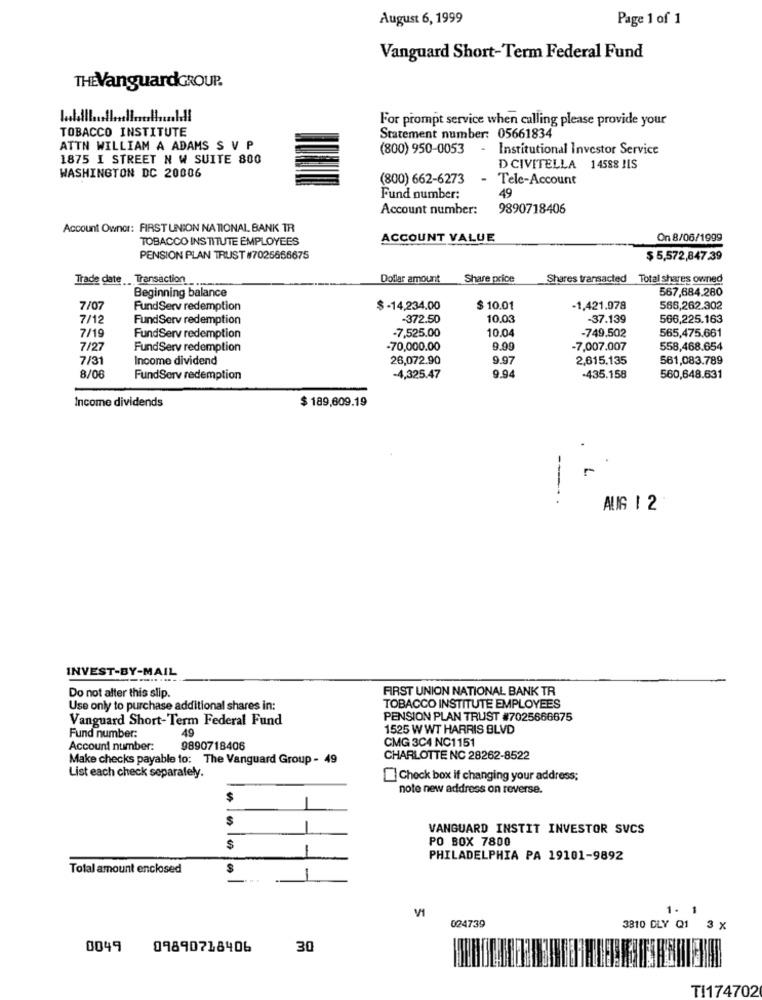
August 6, 1999
Page 1 of 1
Vanguard Short-Term Federal Fund
THEVanguardGROUP.
For prompt service when calling please provide your
TOBACCO INSTITUTE
Statement number: 05661834
ATTN WILLIAM A ADAMS S V P
(800) 950-0053
- Institutional Investor Service
1875 I STREET N W SUITE 800
D CIVITELLA 14588 !IS
WASHINGTON DC 20006
(800) 662-6273 - Tele-Account
49
Fund number:
Account number:
9890718406
Account Owner: FIRST UNION NATIONAL BANK 1R
TOBACCO INSTITUTE EMPLOYEES
ACCOUNT VALUE
On 8/06/1999
PENSION PLAN TRUST #7025666675
$ 5,572,847.39
Trade date Transaction
Dollar amount
Share price
Shares transacted
Total shares owned
Beginning balance
567,684.280
7/07
FundServ redemption
$ -14,234.00
$ 10.01
1,421.978
566,262.302
7/12
FundServ redemption
-372.50
10.03
-37.139
566,225.163
-7,525.00
10.04
565,475.661
7/19
FundServ redemption
-749.502
7/27
FundServ redemption
-70,000.00
9.99
-7,007.007
558,468.654
7/31
Income dividend
26,072.90
9.97
2,615,135
561,083.789
8/06
FundServ redemption
-4,325.47
9.94
-435.158
560,648.631
Income dividends
$ 189,609.19
--- 4
AUG 1 2
INVEST-BY-MAIL
FIRST UNION NATIONAL BANK TR
Do not alter this slip.
Use only to purchase additional shares in:
TOBACCO INSTITUTE EMPLOYEES
Vanguard Short-Term Federal Fund
PENSION PLAN TRUST #7025666675
49
1525 W WT HARRIS BLVD
Fund number:
CMG 3C4 NC1151
Account number:
9890718406
Make checks payable to: The Vanguard Group - 49
CHARLOTTE NC 28262-8522
List each check separately.
Check box if changing your address;
note new address on reverse.
-
$
VANGUARD INSTIT INVESTOR SVCS
PO BOX 7800
$
-
PHILADELPHIA PA 19101-9892
Total amount enclosed
-
VI
1. 1
024739
3810 DLY Q1
3 X
0049 09890718406
30
TI174702